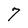
Character: 7